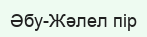
Әбу-Жәлел пір